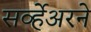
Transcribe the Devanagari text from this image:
सर्व्हेअरने